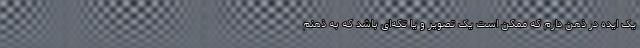
یک ایده در ذهن دارم که ممکن است یک تصویر و یا تکه‌ای باشد که به ذهنم